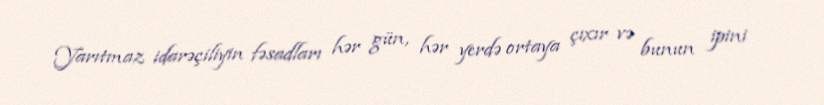
Yarıtmaz idarəçiliyin fəsadları hər gün, hər yerdə ortaya çıxır və bunun ipini